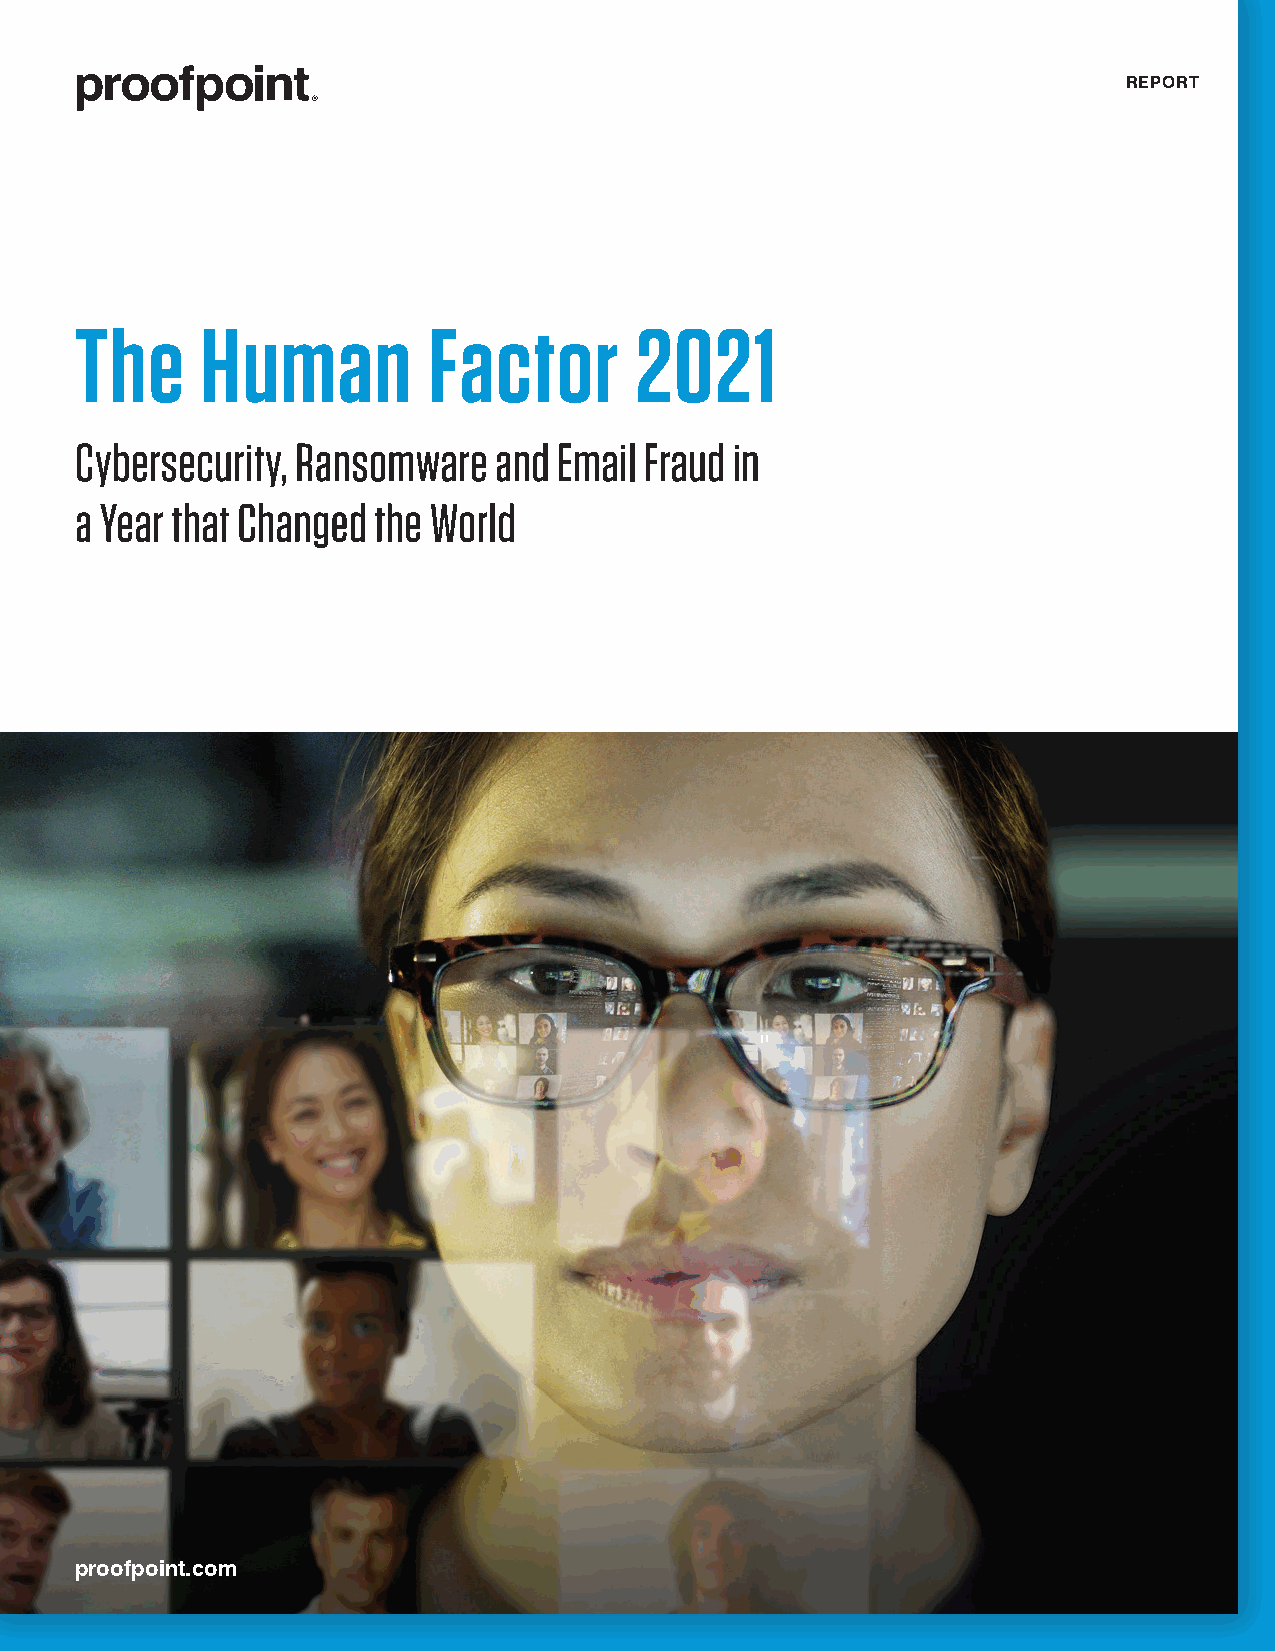
REPORT
 The     Human          Factor        2021
 Cybersecurity, Ransomware   and Email Fraud in
 a Year that Changed the World
 proofpoint.com